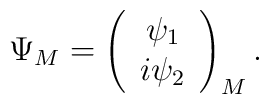
\Psi_M= \left(\begin{array}{clcr}\psi_1 \\i\psi_2\end{array}\right)_M.